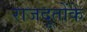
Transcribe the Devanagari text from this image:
राजदूतोंके